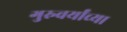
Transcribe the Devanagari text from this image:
गुरुवर्यांच्या